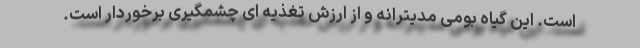
است. این گیاه بومی مدیترانه و از ارزش تغذیه ای چشمگیری برخوردار است.